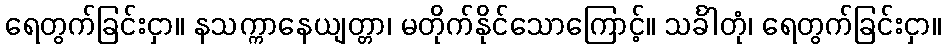
ရေတွက်ခြင်းငှာ။ နသက္ကာနေယျတ္တာ၊ မတိုက်နိုင်သောကြောင့်။ သင်္ခါတုံ၊ ရေတွက်ခြင်းငှာ။